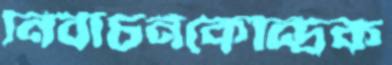
নির্বাচনকেন্দ্রিক